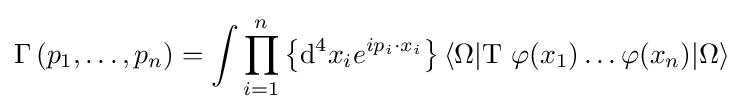
\Gamma \left(p_{1},\ldots ,p_{n}\right)=\int \prod _{i=1}^{n}\left\{\mathrm {d} ^{4}x_{i}e^{ip_{i}\cdot x_{i}}\right\}\langle \Omega |\mathrm {T} \ \varphi (x_{1})\ldots \varphi (x_{n})|\Omega \rangle